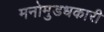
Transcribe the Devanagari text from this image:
मनोमुडधकारी